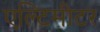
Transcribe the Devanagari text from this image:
एल्टिमीटर